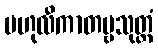
ဗဟုလီကာတဗ္ဗသုတ္တံ